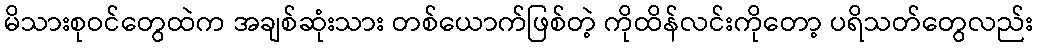
မိသားစုဝင်တွေထဲက အချစ်ဆုံးသား တစ်ယောက်ဖြစ်တဲ့ ကိုထိန်လင်းကိုတော့ ပရိသတ်တွေလည်း